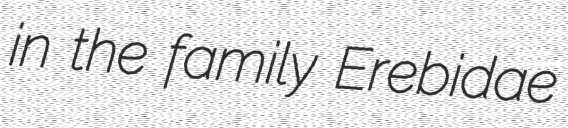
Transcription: in the family Erebidae